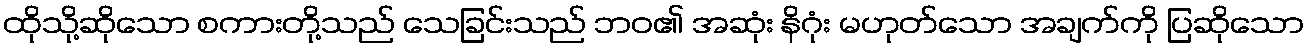
ထိုသို့ဆိုသော စကားတို့သည် သေခြင်းသည် ဘဝ၏ အဆုံး နိဂုံး မဟုတ်သော အချက်ကို ပြဆိုသော